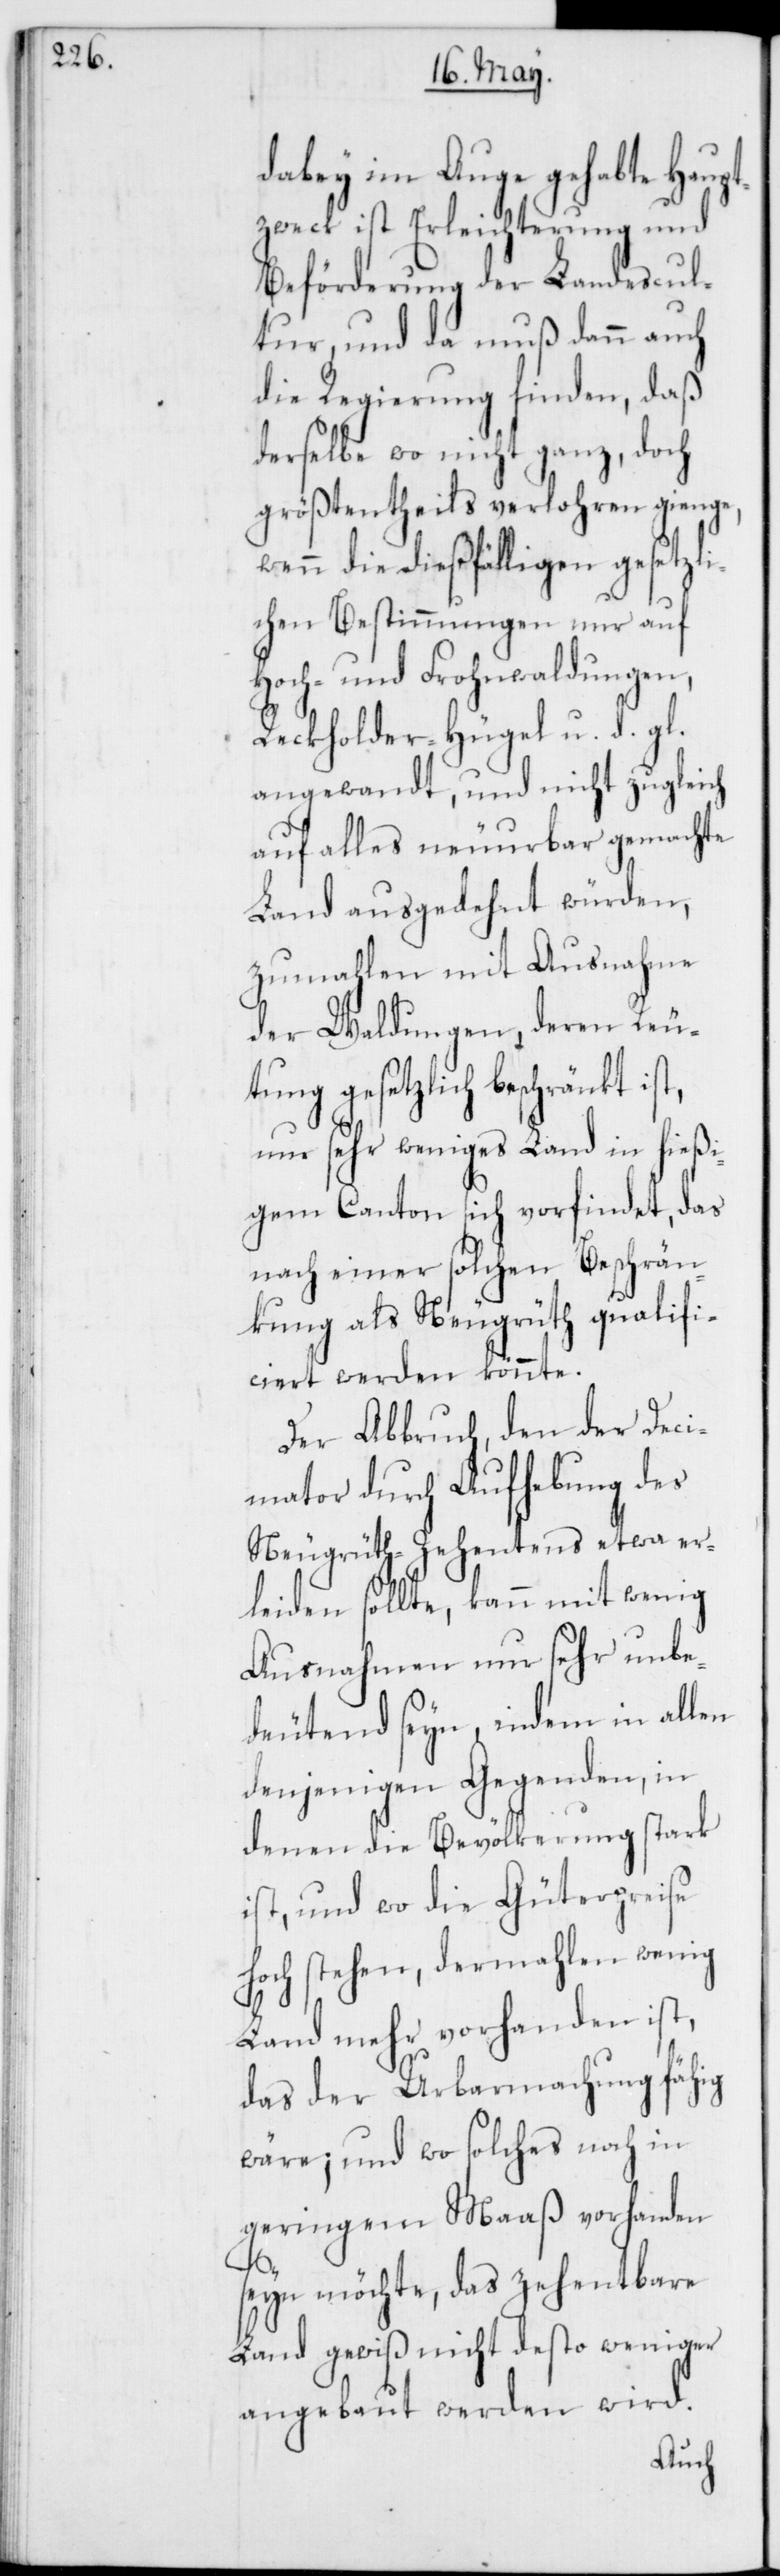
dabey im Auge gehabte Haupt¬
zweck ist Erleichterung und
Beförderung der Landescul¬
tur, und da muß dann auch
die Regierung finden, daß
derselbe wo nicht ganz, doch
größtentheils verlohren ginge,
wenn die dießfälligen gesetzli¬
chen Bestimmungen nur auf
Hoch- und Frohnwaldungen,
Reckholder-Hügel und d. gl.
angewandt, und nicht zugleich
auf alles neuurbar gemachte
Land ausgedehnt würden,
zumahlen mit Ausnahme
der Waldungen, deren Reu¬
tung gesetzlich beschränkt is¬
nur sehr weniges Land in hießi¬
gem Canton sich vorfindet, das
nach einer solchen Beschrän¬
kung als Neugrüth qualifi¬
ciert werden könnte.
Der Abbruch, den der Deci¬
mator durch Aufhebung des
Neugrüth-Zehentens etwa er¬
leiden sollte, kann mit wenig
Ausnahmen nur sehr unbe¬
deutend seyn, indem in allen
denjenigen Gegenden, in
denen die Bevölkerung stark
ist, und wo die Güterpreise
hoch stehen, dermahlen wenig
Land mehr vorhanden ist,
das der Urbarmachung fähig
wäre; und wo solches noch in
geringem Maaß vorhanden
t,
seyn möchte, das zehentbare
Land gewiß nicht desto weniger
angebaut werden wird.